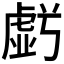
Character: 𮓩